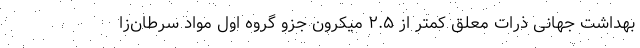
بهداشت جهانی ذرات معلق کمتر از ۲.۵ میکرون جزو گروه اول مواد سرطان‌زا